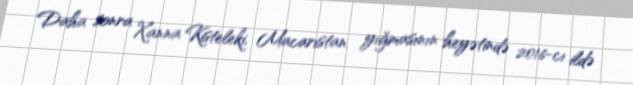
Daha sonra Xanna Kisteleki, Macarıstan yığmasının heyətində 2016-cı ildə